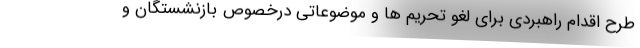
طرح اقدام راهبردی برای لغو تحریم ها و موضوعاتی درخصوص بازنشستگان و